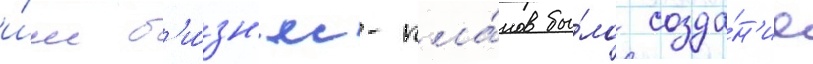
и́м б'и́зн'ес-пла́нов бы́ло созда́н'ие